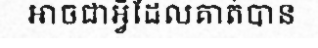
អាចជាអ្វីដែលគាត់បាន